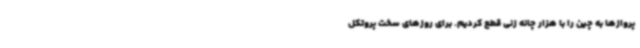
پروازها به چین را با هزار چانه زنی قطع کردیم. برای روزهای سخت پروتکل‌